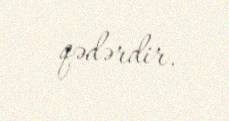
qədərdir.